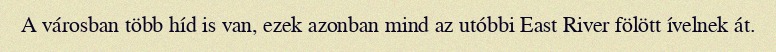
A városban több híd is van, ezek azonban mind az utóbbi East River fölött ívelnek át.